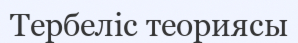
Тербеліс теориясы